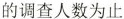
的调查人数为止